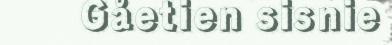
Gåetien sisnie